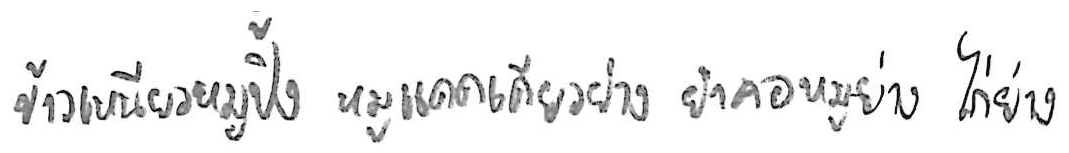
ข้าวเหนียวหมูปิ้ง หมูแดดเดียวย่าง ยำคอหมูย่าง ไก่ย่าง